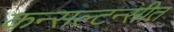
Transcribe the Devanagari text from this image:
कन्सल्टन्सीत